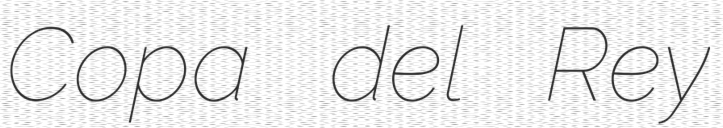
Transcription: Copa del Rey